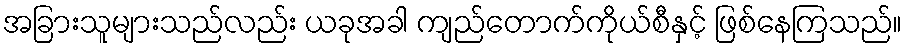
အခြားသူများသည်လည်း ယခုအခါ ကျည်တောက်ကိုယ်စီနှင့် ဖြစ်နေကြသည်။